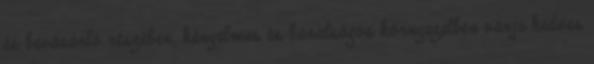
és bevásárló részében, kényelmes és barátságos környezetben várja kedves